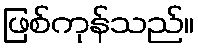
ဖြစ်ကုန်သည်။